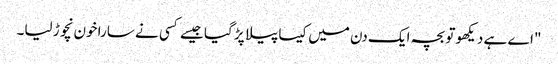
"اے ہے دیکھو تو بچہ ایک دن میں کیسا پیلا پڑ گیا جیسے کسی نے سارا خون نچوڑ لیا۔